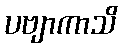
ပဗျာကာသိ